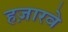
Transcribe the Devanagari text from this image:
हज़ारवे